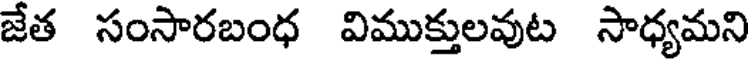
జేత సంసారబంధ విముక్తులవుట సాధ్యమని